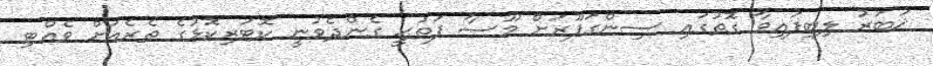
ޚަބަރު ލިބިފައިވާ ގޮތުގައި ސިންގަޕޫރަށް މޫސާ ފަތުޙީ ގެންދެވުނީ ކޮޓަރިކޮޅުގެ ތެރެއަށް ވެއްޓި